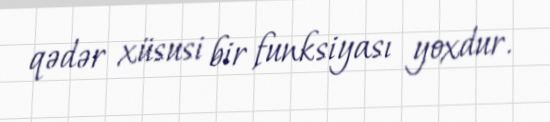
qədər xüsusi bir funksiyası yoxdur.